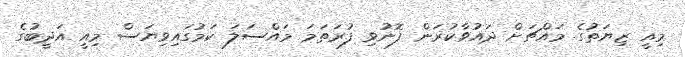
މިއީ ޒިޔަތުގެ މައްޗަށް ދައުވާކުރަން ފޮނުވި ފުރަތަމަ މައްސަލަ ކަމުގައިވިޔަސް މިއީ އަދީބުގެ